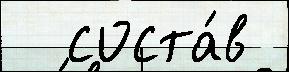
  соста́в